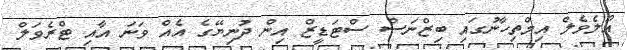
އޯލެވެލް އިމްތިހާނުގައި ބިޒްނަސް ސްޓަޑީޒް އިން ދުނިޔޭގެ އެއް ވަނަ އާއި ޓްރެވަލް